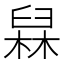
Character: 𰯸